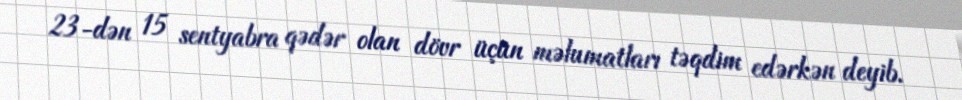
23-dən 15 sentyabra qədər olan dövr üçün məlumatları təqdim edərkən deyib.